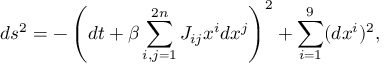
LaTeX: d s ^ { 2 } = - \left( d t + \beta \sum _ { i , j = 1 } ^ { 2 n } J _ { i j } x ^ { i } d x ^ { j } \right) ^ { 2 } + \sum _ { i = 1 } ^ { 9 } ( d x ^ { i } ) ^ { 2 } ,